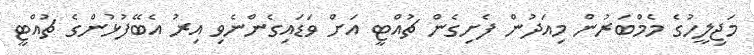
މަޖިލީހުގެ މެމްބަރުން މިއަދުން ފެށިގެން ޗުއްޓީ އަށް ވަޑައިގެންނެވި އިރު އެބޭފުޅުންގެ ޗުއްޓީ